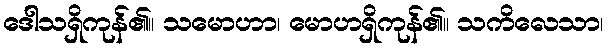
ဒေါသရှိကုန်၏။ သမောဟာ၊ မောဟရှိကုန်၏။ သကိလေသာ၊